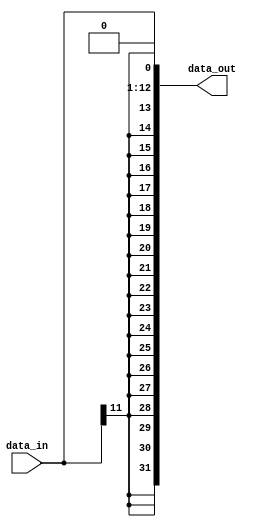
`timescale 1ns / 1ps
module B_Sign_Extender(data_in, data_out);
	input [11:0] data_in;
	output reg [31:0] data_out;
	always@(*) begin
		data_out <= {{19{data_in[11]}},{data_in[11:0],1'b0}};
		/* Extend 13-bit of immediate value of B-type instruction. to 32-bit */
	end
endmodule